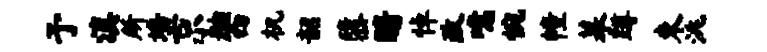
予滇所墙京舳西机韶隳暗悼改噫惋幢摹蹲束洮